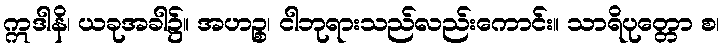
ဣဒါနိ၊ ယခုအခါ၌။ အဟဉ္စ၊ ငါဘုရားသည်လည်းကောင်း။ သာရိပုတ္တော စ၊